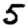
Digit: 5